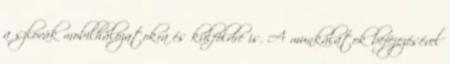
a szlovák mobilhálózatokra és külföldre is. A munkálatok befejezésével